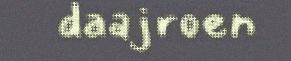
daajroen